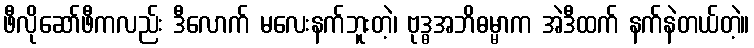
ဖီလိုဆော်ဖီကလည်း ဒီလောက် မလေးနက်ဘူးတဲ့၊ ဗုဒ္ဓအဘိဓမ္မာက အဲဒီထက် နက်နဲတယ်တဲ့။